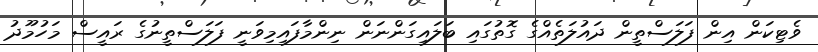
ވެޓިކަން އިން ފަލަސްތީން ދައުލަތެއްގެ ގޮތުގައި ބަލައިގަންނަން ނިންމާފައިމިވަނީ ފަލަސްތީނުގެ ރައީސް މަހުމޫދު